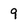
Character: 9